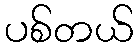
ပစ်တယ်